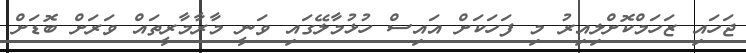
ޖަހައި ޒަހަމްކޮށްލިއިރު މި ފަހަކަށް އައިސް ހުޅުމާލޭގައި ވަނީ މާރާމާރީތައް ވަރަށް ބޮޑަށް